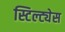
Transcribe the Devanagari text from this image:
स्टिल्ट्येस